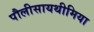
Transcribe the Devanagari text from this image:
पौलीसायथीमिया